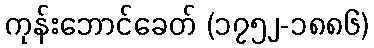
ကုန်းဘောင်ခေတ် (၁၇၅၂-၁၈၈၆)